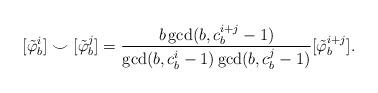
LaTeX: \begin{align*}[\tilde{\varphi}_b^i]\smile[\tilde{\varphi}_b^j] = \frac{b\gcd(b,c_b^{i+j}-1)}{\gcd(b, c_b^i-1)\gcd(b,c_b^j-1)}[\tilde{\varphi}_b^{i+j}].\end{align*}